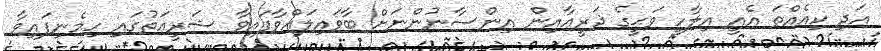
އަދި ކިއެއްތަ އެއީ އިލާހީ ވަޙީގެ ޛަރީޢާއިން އިންސާނުންނަށް ބާވައިލައްވާފައިވާ ޝަރީޢަތުގައި ހިމެނިފައިވާ